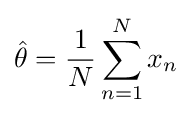
{\hat {\theta }}={\frac {1}{N}}\sum _{n=1}^{N}x_{n}